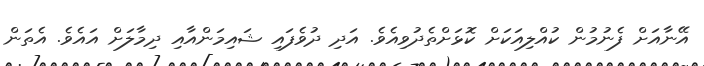
އޭނާއަށް ފެނުމުން ކުއްލިއަކަށް ކޮޅަށްތެދުވިއެވެ. އަދި ދުވެފައި ޝައިމަންއާއި ދިމާލަށް އައެވެ. އެތަން